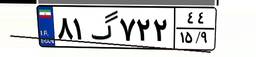
۸۱گ۷۲۲۴۴